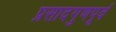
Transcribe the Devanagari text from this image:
प्रसादगुणपूर्व